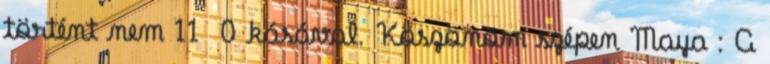
történt nem 11 0 kásával. Köszönöm szépen Maya : A